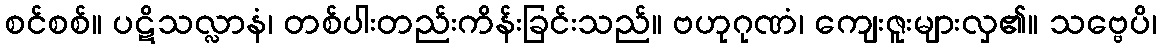
စင်စစ်။ ပဋိသလ္လာနံ၊ တစ်ပါးတည်းကိန်းခြင်းသည်။ ဗဟုဂုဏံ၊ ကျေးဇူးများလှ၏။ သဗ္ဗေပိ၊